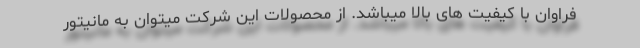
فراوان با کیفیت های بالا میباشد. از محصولات این شرکت میتوان به مانیتور